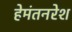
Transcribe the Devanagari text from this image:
हेमंतनरेश